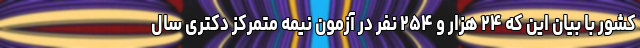
کشور با بیان این که ۲۴ هزار و ۲۵۴ نفر در آزمون نیمه متمرکز دکتری سال